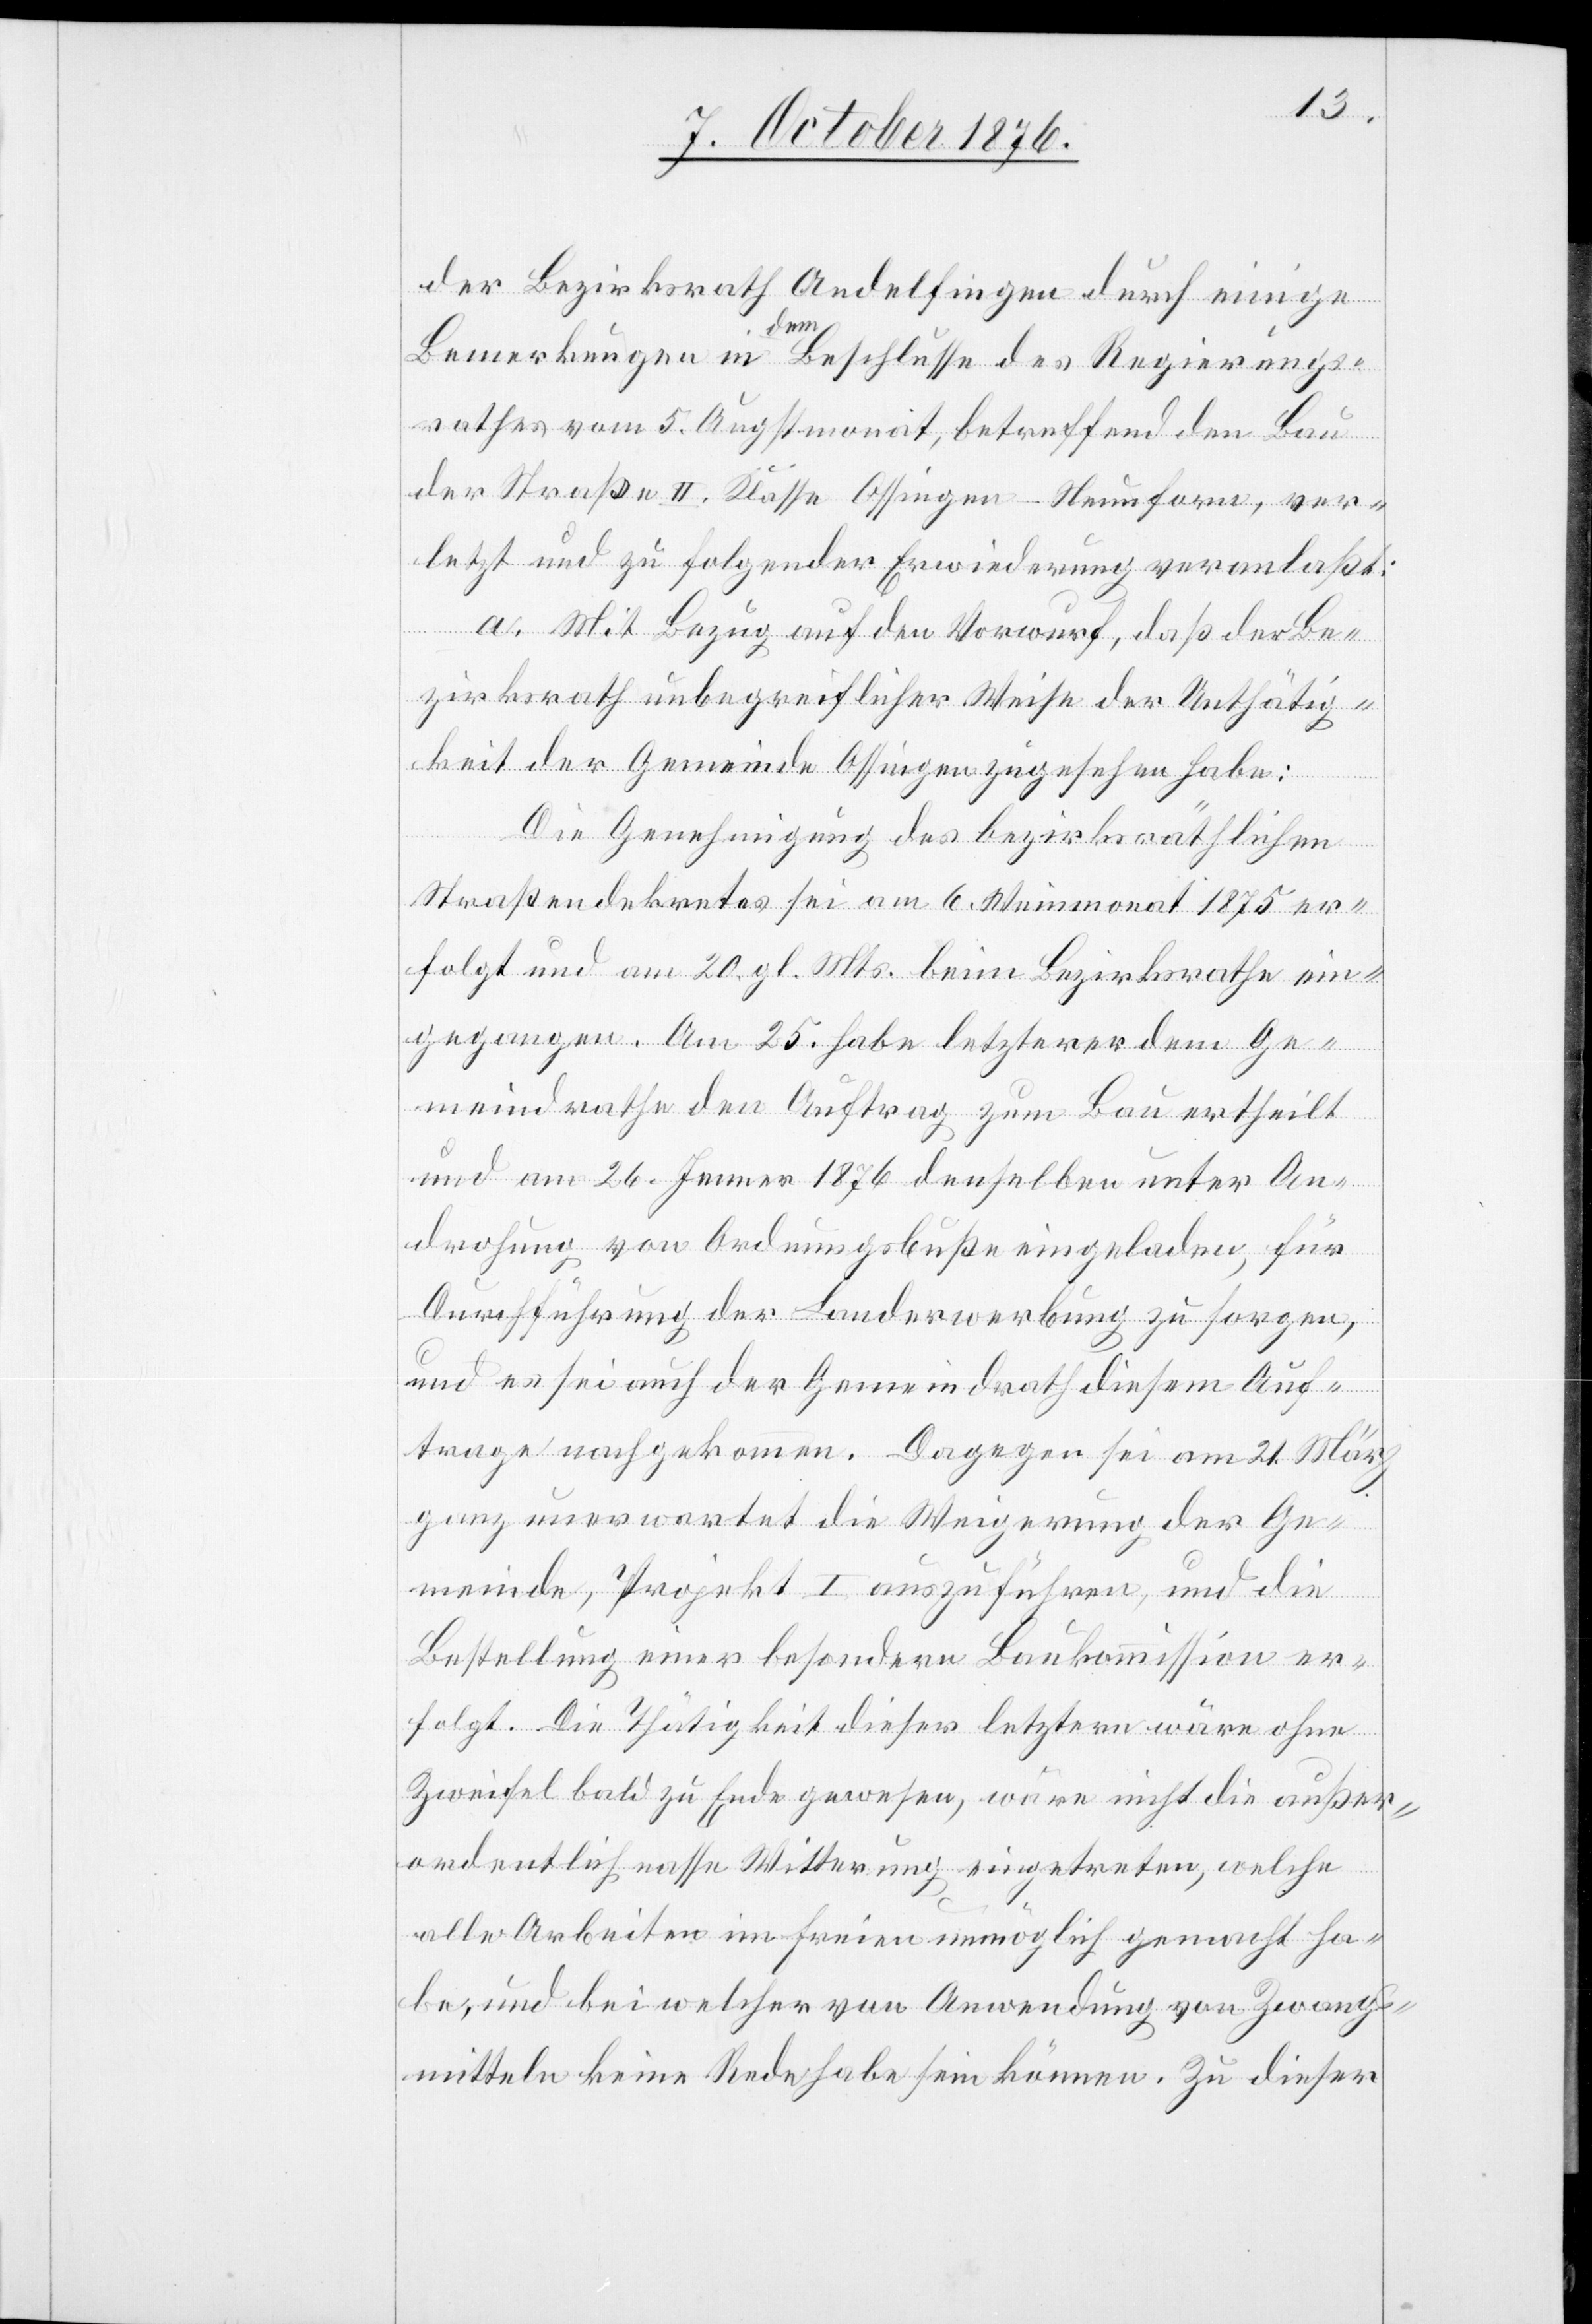
der Bezirksrath Andelfingen durch einige
Bemerkungen in dem Beschlusse des Regierungs¬
rathes vom 5. Augstmonat, betreffend den Bau
der Straße II. Klasse Ossingen–Neunforn, ver¬
letzt und zu folgender Erwiederung veranlaßt:
a. Mit Bezug auf den Vorwurf, daß der Be¬
zirksrath unbegreiflicher Weise der Unthätig¬
keit der Gemeinde Ossingen zugesehen habe:
Die Genehmigung des bezirksräthlichen
Straßendekretes sei am 6. Weinmonat 1875 er¬
folgt und am 20. gl. Mts. beim Bezirksrathe ein¬
gegangen. Am 25. habe letzterer dem Ge¬
meindrathe den Auftrag zum Bau ertheilt
und am 26. Jenner 1876 denselben unter An¬
drohung von Ordnungsbuße eingeladen, für
Durchführung der Landerwerbung zu sorgen,
und es sei auch der Gemeindrath diesem Auf¬
trage nachgekommen. Dagegen sei am 21. März
ganz unerwartet die Weigerung der Ge¬
meinde, Projekt I auszuführen, und die
Bestellung einer besondern Baukommission er¬
folgt. Die Thätigkeit dieser letztern wäre ohne
Zweifel bald zu Ende gewesen, wäre nicht die außer¬
ordentlich nasse Witterung eingetreten, welche
alle Arbeiten im Freien unmöglich gemacht ha¬
be, und bei welcher von Anwendung von Zwangs¬
mitteln keine Rede habe sein können. Zu dieser